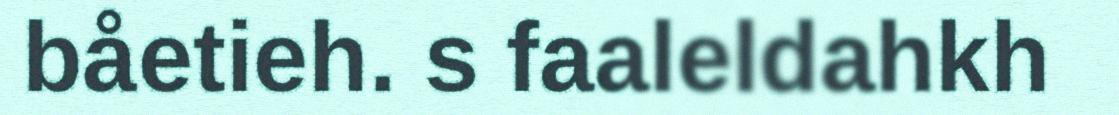
båetieh. s faaleldahkh